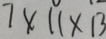
7 \times 1 1 \times 1 3